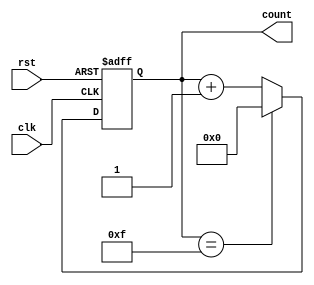
module ModulusCounter (
    input wire clk,
    input wire rst,
    output reg [3:0] count
);

always @ (posedge clk or posedge rst) begin
    if (rst) begin
        count <= 4'b0000; // Initialize count value to zero
    end else begin
        if (count == 4'b1111) begin
            count <= 4'b0000; // Wrap around to zero when maximum value reached
        end else begin
            count <= count + 1; // Increment count value
        end
    end
end

endmodule